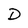
Character: D